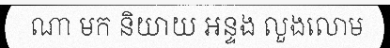
ណា មក និយាយ អន្ទង លួងលោម